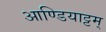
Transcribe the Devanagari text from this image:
आण्डियाट्टम्